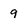
Character: 9